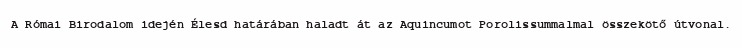
A Római Birodalom idején Élesd határában haladt át az Aquincumot Porolissummalmal összekötő útvonal.